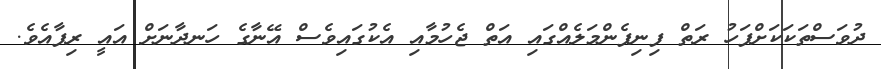
ދުވަސްތަކަކަށްފަހު ރަތް ފިނިފެންމަލެއްގައި އަތް ޖެހުމާއި އެކުގައިވެސް އޭނާގެ ހަނދާނަށް އައީ ރިފާއެވެ.